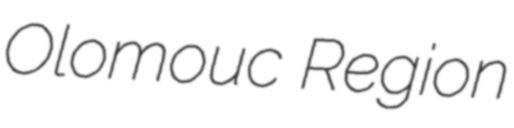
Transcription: Olomouc Region